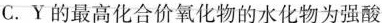
C. Y的最高化合价氧化物的水化物为强酸